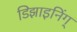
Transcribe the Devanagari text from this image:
डिझाइनिंग्